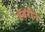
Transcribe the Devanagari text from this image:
टबरीने